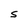
Character: S